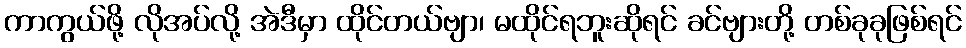
ကာကွယ်ဖို့ လိုအပ်လို့ အဲဒီမှာ ထိုင်တယ်ဗျာ၊ မထိုင်ရဘူးဆိုရင် ခင်ဗျားတို့ တစ်ခုခုဖြစ်ရင်